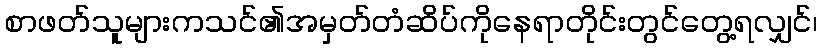
စာဖတ်သူများကသင်၏အမှတ်တံဆိပ်ကိုနေရာတိုင်းတွင်တွေ့ရလျှင်၊